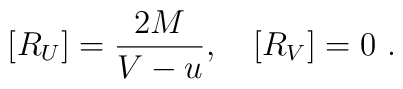
[R_U] = \frac{2M}{V-u},\quad [R_V] = 0\ .